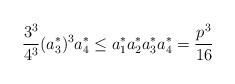
LaTeX: \begin{align*} \frac{3^{3}}{4^{3}} (a_{3}^{*})^{3} a_{4}^{*} \leq a_{1}^{*} a_{2}^{*} a_{3}^{*} a_{4}^{*} = \frac{p^{3}}{16} \end{align*}